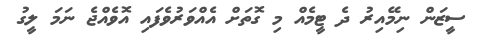
ސީޒަން ނިމޭއިރު ދެ ޓީމެއް މި ގޮތަށް އެއްވަރުވެފައި އޮވެއްޖެ ނަމަ ލީގު